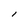
Character: l